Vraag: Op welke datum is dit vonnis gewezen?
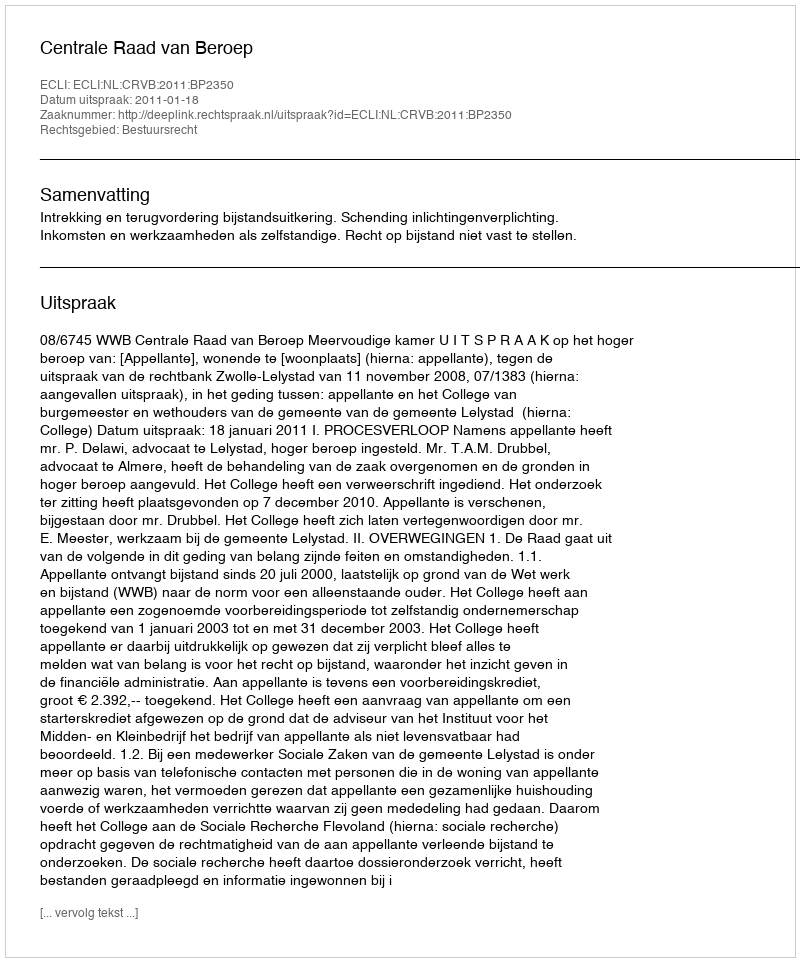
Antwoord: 2011-01-18